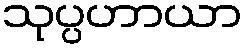
သုပ္ပဟာယာ